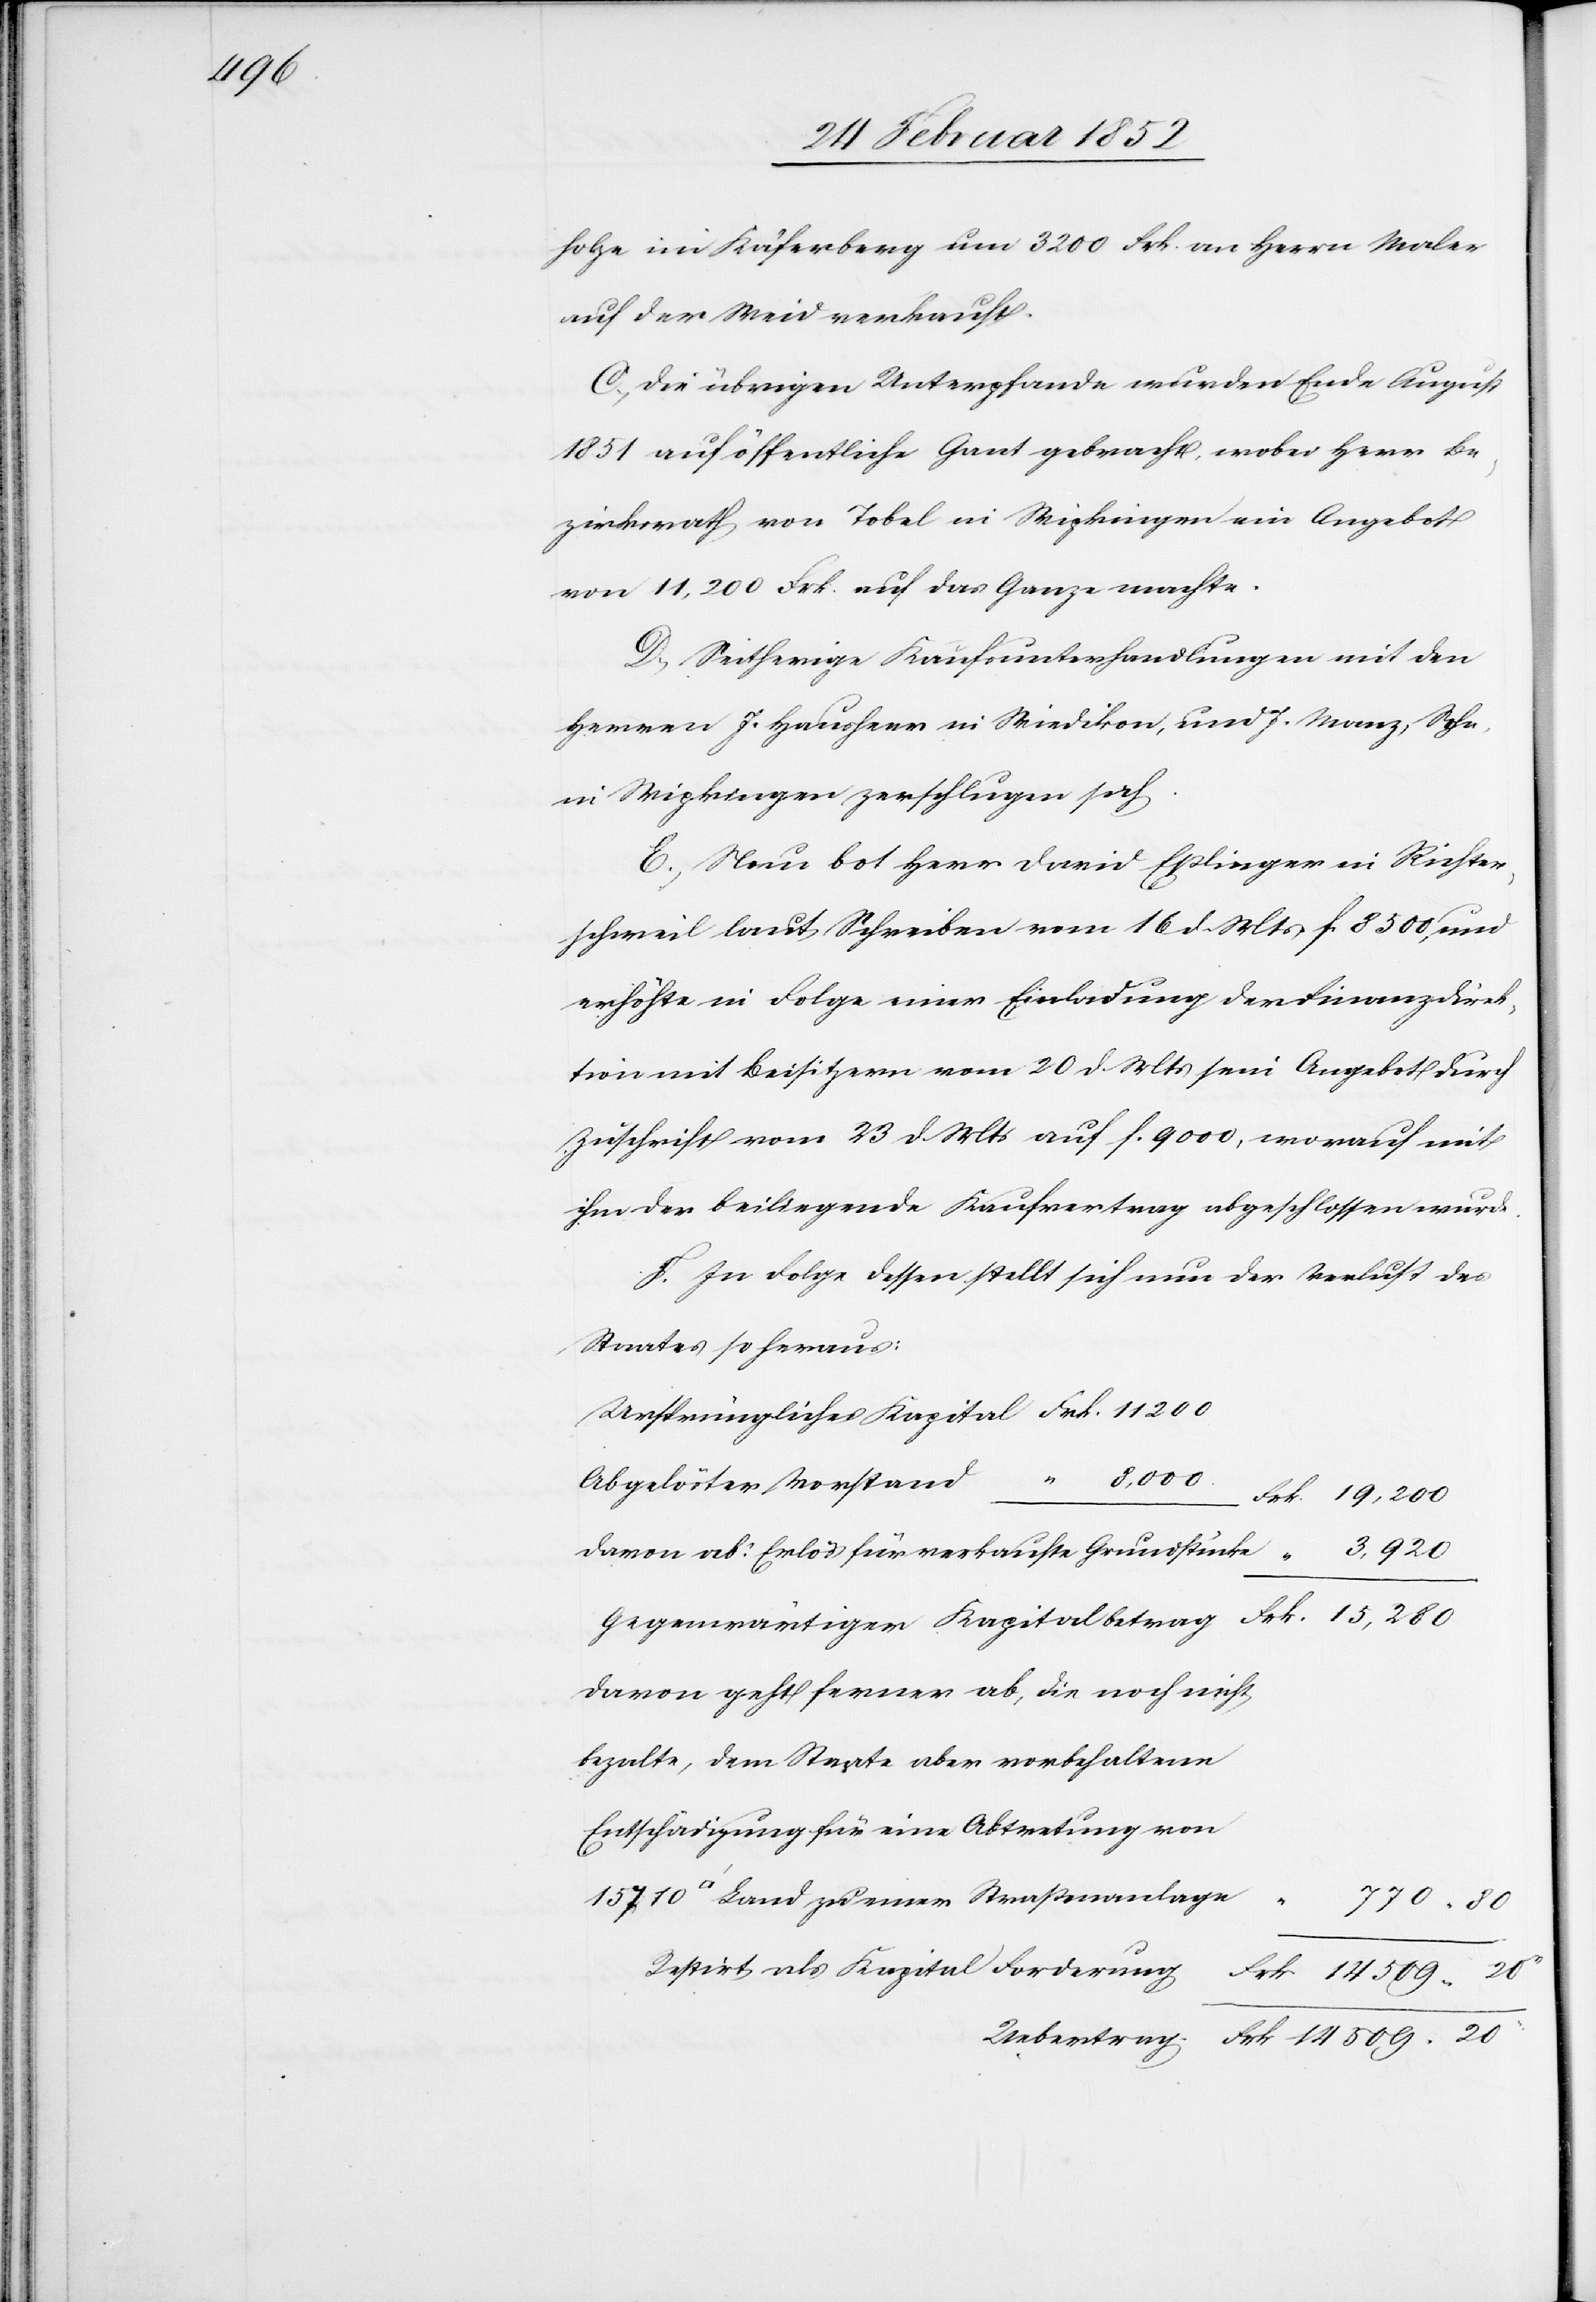
14

holze im Käferberg um 3200 Frk. an Herrn Maler
auf der Weid verkauft.
C.) Die Übrigen Unterpfande wurden Ende August
1851 auf öffentliche Gant gebracht, wobei Herr Be¬
zirksrath von Tobel in Wipkingen ein Angebot
von 11,200 Frk. auf das Ganze machte.
D.) Seitherige Kaufunterhandlungen mit den
Herren J. Hausherr in Riedikon, und J. Manz, Sohn,
in Wipkingen zerschlugen sich.
E.) Nun bot Herr David Eßlinger in Richter¬
schweil laut Schreiben vom 16 d. Mts f. 8,500 und
erhöhte in Folge einer Einladung der Finanzdirek¬
tion mit Beisitzern vom 20 d. Mts sein Angebot durch
Zuschrift vom 23 d. Mts auf f. 9000, worauf mit
ihm der beiliegende Kaufvertrag abgeschlossen wurde.
F. In Folge dessen stellt sich nun der Verlust des
Staates so heraus:
davon ab: Erlös für verkaufte Grundstücke
davon geht ferner ab, die noch nicht
bezahlte, dem Staate aber vorbehaltene
Entschädigung für eine Abtretung von
tfuss] Land zu einer Straßenanlage
Restirt als Kapital-Forderung